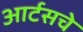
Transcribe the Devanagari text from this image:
आर्टसचे